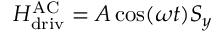
H _ { \mathrm { d r i v } } ^ { \mathrm { A C } } = A \cos ( \omega t ) S _ { y }